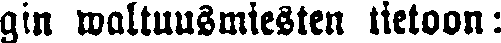
gin waltuusmiesten tietoon: